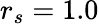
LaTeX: r_{s}=1.0